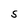
Character: S